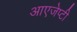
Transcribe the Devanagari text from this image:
आएजेप्टी